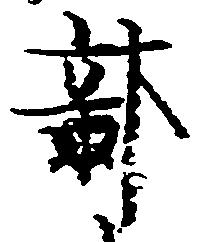
部